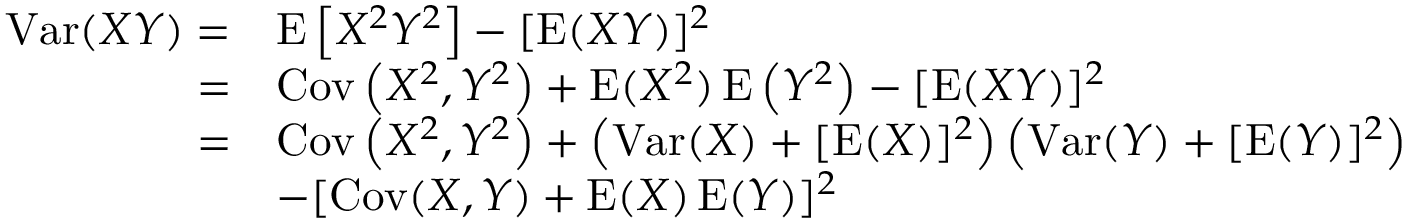
{ \begin{array} { r l } { \operatorname { V a r } ( X Y ) = } & { \operatorname { E } \left[ X ^ { 2 } Y ^ { 2 } \right] - [ \operatorname { E } ( X Y ) ] ^ { 2 } } \\ { = } & { \operatorname { C o v } \left( X ^ { 2 } , Y ^ { 2 } \right) + \operatorname { E } ( X ^ { 2 } ) \operatorname { E } \left( Y ^ { 2 } \right) - [ \operatorname { E } ( X Y ) ] ^ { 2 } } \\ { = } & { \operatorname { C o v } \left( X ^ { 2 } , Y ^ { 2 } \right) + \left( \operatorname { V a r } ( X ) + [ \operatorname { E } ( X ) ] ^ { 2 } \right) \left( \operatorname { V a r } ( Y ) + [ \operatorname { E } ( Y ) ] ^ { 2 } \right) } \\ & { - [ \operatorname { C o v } ( X , Y ) + \operatorname { E } ( X ) \operatorname { E } ( Y ) ] ^ { 2 } } \end{array} }